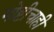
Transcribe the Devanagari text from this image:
गोष्टीचाही